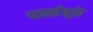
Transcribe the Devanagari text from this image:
पार्क्समुळे